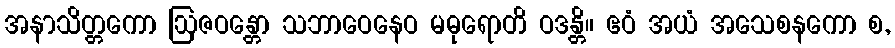
အနာသိတ္တကော ဩဇဝန္တော သဘာဝေနေဝ မဓုရောတိ ဝဒန္တိ။ ဧဝံ အယံ အသေစနကော စ,